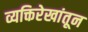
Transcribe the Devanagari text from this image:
व्यक्तिरेखांतून